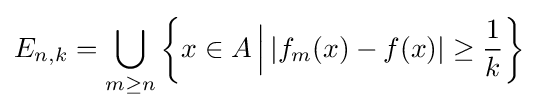
E_{n,k}=\bigcup _{m\geq n}\left\{x\in A\,{\Big |}\,|f_{m}(x)-f(x)|\geq {\frac {1}{k}}\right\}